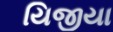
યિજીયા